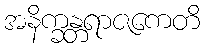
အနိက္ခန္တရာဇကေတိ